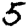
Digit: 5